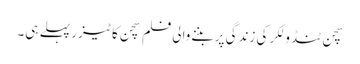
سچن ٹنڈولکر کی زندگی پر بننےوالی فلم سچن کا ٹیزر پہلے ہی۔